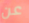
عن